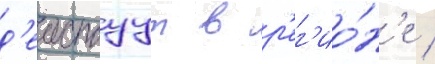
д'еиствуут в р'ег'ио́н'е /